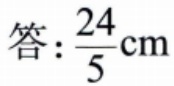
答：\(\frac{24}{5}\text{cm}\)